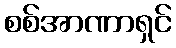
စစ်အာဏာရှင်